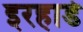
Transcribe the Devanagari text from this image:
इरहार्ड